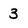
Character: 3